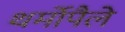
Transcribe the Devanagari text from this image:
थर्मोपैले